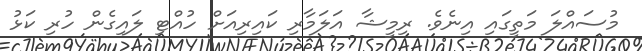
މުސައްލަ މަތީގައި އިނެވެ. ރިމީޝާ އަލަމާރި ކައިރިއަށް ހުއްޓި ލައިގެން ހުރި ކަޅު